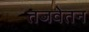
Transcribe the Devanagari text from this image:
तजवेतन